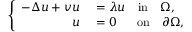
\left\{ \begin{array} { r l } { - \Delta u + v u } & { { } = \lambda u \quad \mathrm { i n } \quad \Omega , } \\ { u } & { { } = 0 \quad \ \ \mathrm { o n } \quad \partial \Omega , } \end{array} \right.